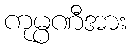
ကုမ္ပဏီအား